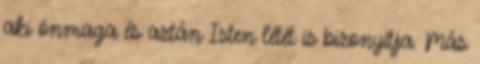
aki önmaga és aztán Isten létét is bizonyítja. Más